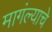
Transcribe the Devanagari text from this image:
मागंल्याचे